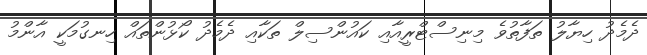
ދެމެދު ހިޔާލު ތަފާތުވެ މިނިސްޓްރީއާއި ކައުންސިލް ތަކާއި ދެމެދު ކޯޅުންތައް ހިނގުމަކީ އާންމު